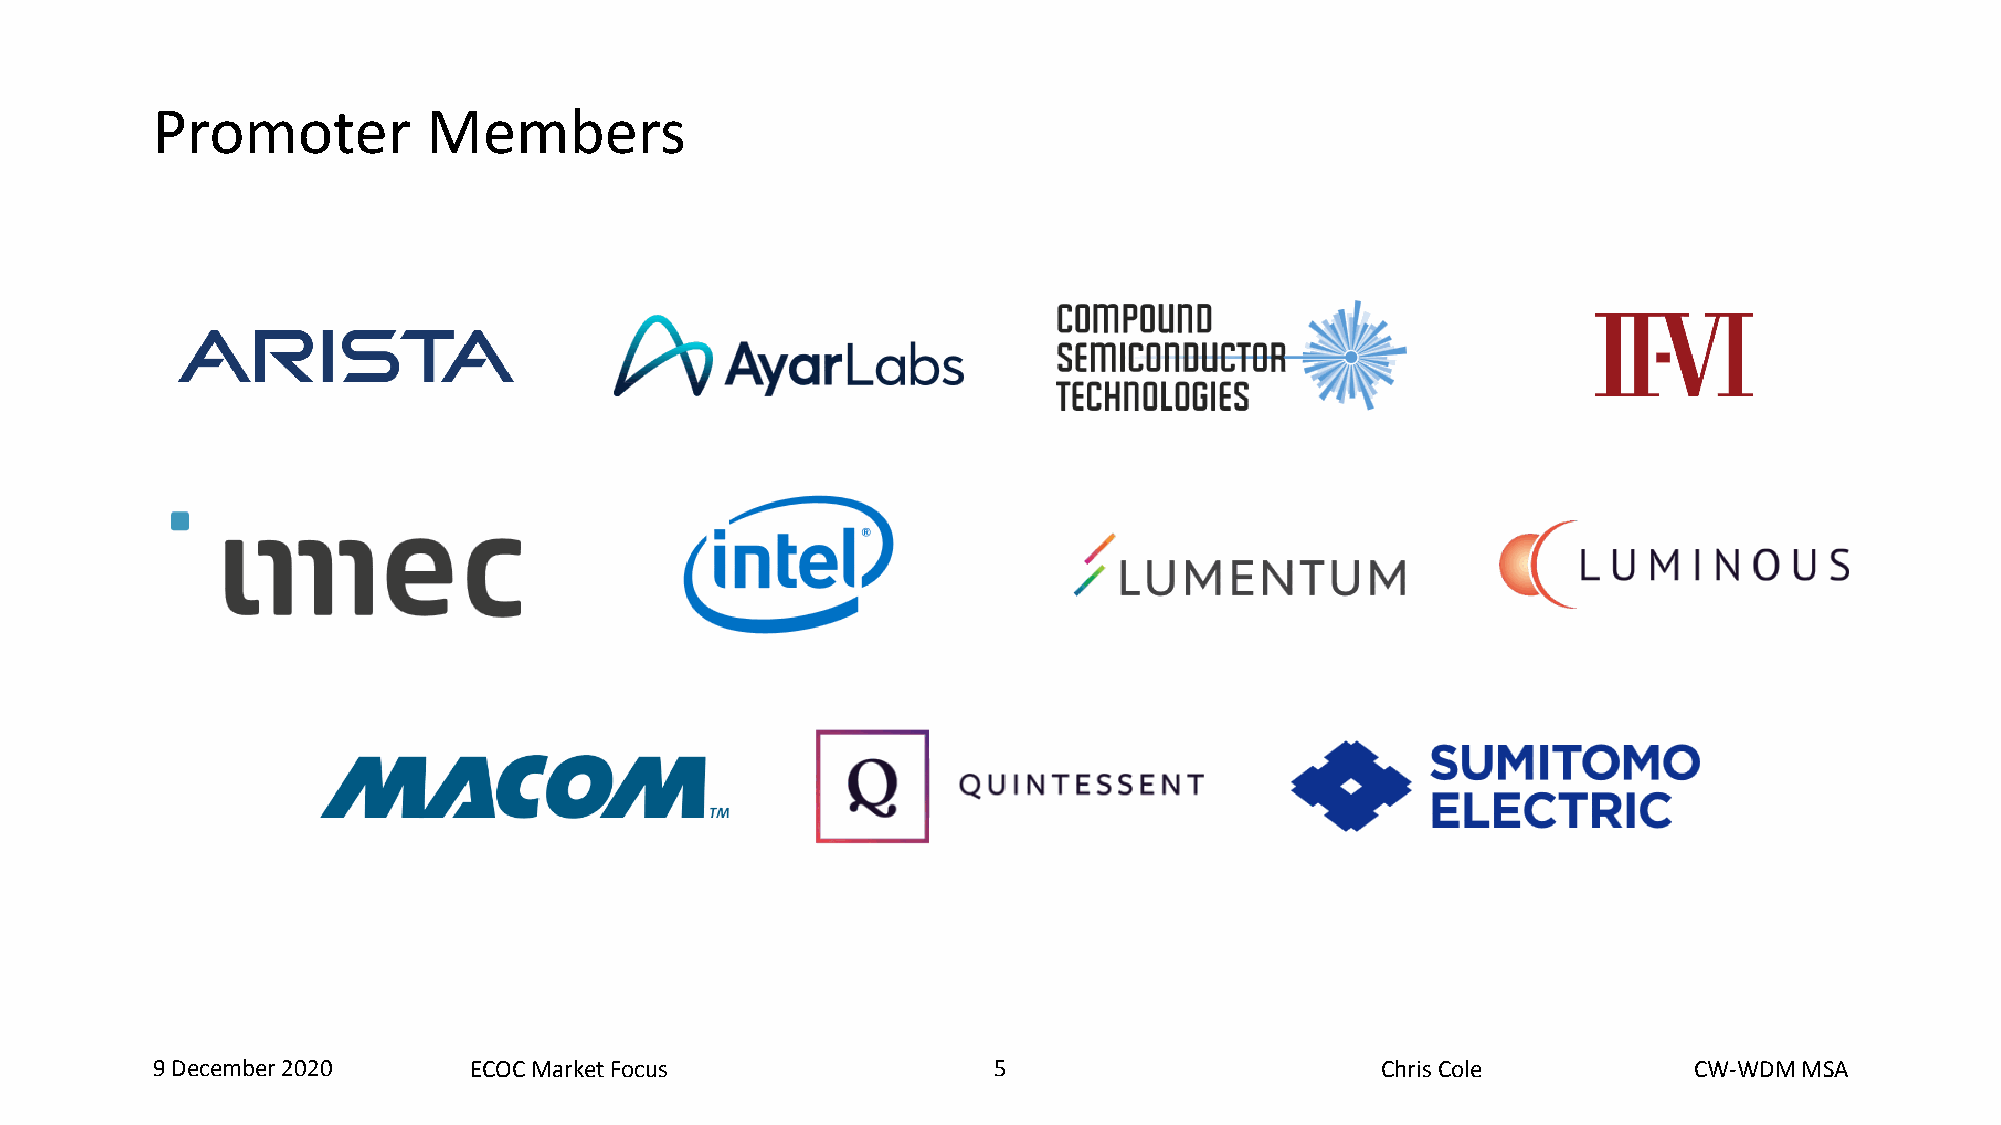
Promoter          Members
 9 December 2020      ECOC Market Focus                  5   5                    Chris Cole           CW-WDM MSA